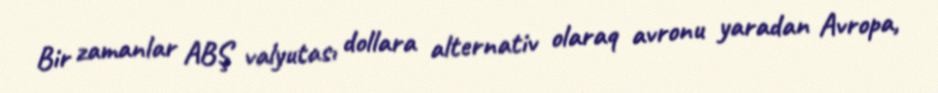
Bir zamanlar ABŞ valyutası dollara alternativ olaraq avronu yaradan Avropa,